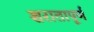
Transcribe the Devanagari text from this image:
शरातापूर्ण